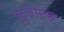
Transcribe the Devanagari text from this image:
स्टुडेण्ट्स